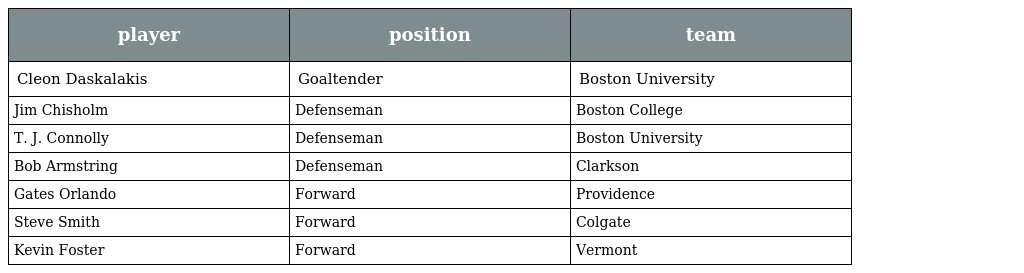
| player | position | team |
 | --- | --- | --- |
 | Cleon Daskalakis | Goaltender | Boston University |
 | Jim Chisholm | Defenseman | Boston College |
 | T. J. Connolly | Defenseman | Boston University |
 | Bob Armstring | Defenseman | Clarkson |
 | Gates Orlando | Forward | Providence |
 | Steve Smith | Forward | Colgate |
 | Kevin Foster | Forward | Vermont |